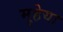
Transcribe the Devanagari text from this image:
मुहेया